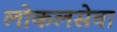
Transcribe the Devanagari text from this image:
लोकलसेवा